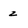
Character: z